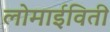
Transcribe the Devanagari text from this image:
लोमाईविती